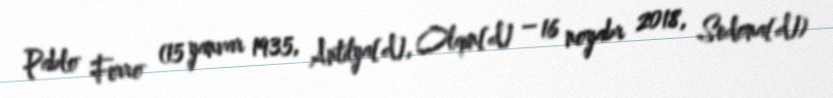
Pablo Ferro (15 yanvar 1935, Antilya[d], Olqin[d] – 16 noyabr 2018, Sedona[d])